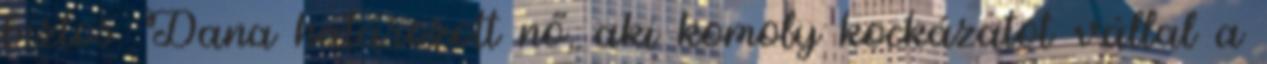
biztos. Dana határozott nő, aki komoly kockázatot vállal a